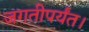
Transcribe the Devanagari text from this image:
जगतीपर्यंत।